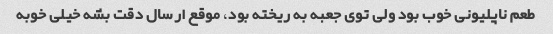
طعم ناپلیونی خوب بود ولی توی جعبه به ریخته بود، موقع ارسال دقت بشه خیلی خوبه